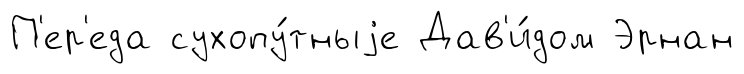
П'ер'еда сухопу́тныjе Дав'и́дом Эрнан